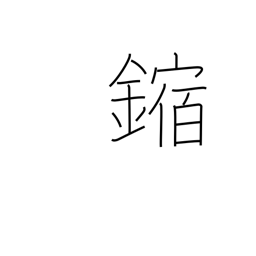
Meaning: corrosion